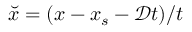
\breve { x } = ( x - x _ { s } - \mathcal { D } t ) / t